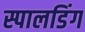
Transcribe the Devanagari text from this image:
स्पालडिंग